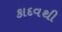
કાદવથી